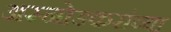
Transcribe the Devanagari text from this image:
अस्नोडकरांच्या